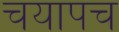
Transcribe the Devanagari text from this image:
चयापच